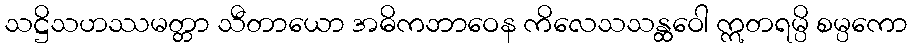
သဋ္ဌိသဟဿမတ္တာ သီတာယော အဓိကဘာဝေန ကိလေသသန္ထဝေါ ဣတရမ္ပိ စမ္ပကော